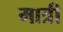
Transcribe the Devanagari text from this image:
मात्री